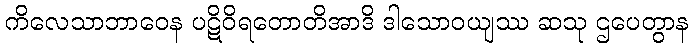
ကိလေသာဘာဝေန ပဋိဝိရတောတိအာဒိ ဒါသောဝယျဿ ဆသု ဌပေတွာန